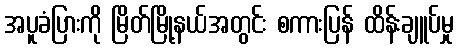
အပူခံပြားကို မြိတ်မြို့နယ်အတွင်း စကားပြန် ထိန်းချူပ်မှု